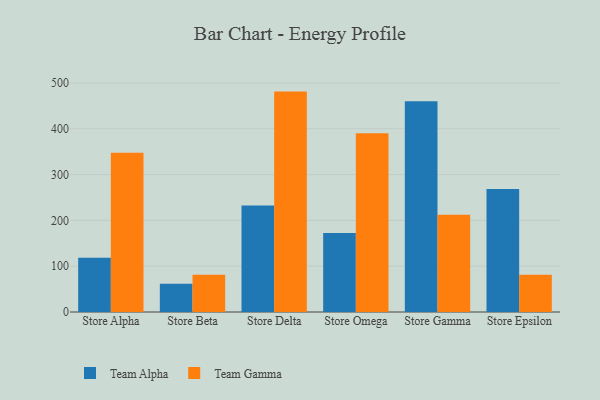
{"axis": {"x": "Store", "y": "Website Visitors"}, "legend": ["Team Alpha", "Team Gamma"], "data": [{"x": "Store Alpha", "y": 118.6, "type": "Team Alpha"}, {"x": "Store Alpha", "y": 347.6, "type": "Team Gamma"}, {"x": "Store Beta", "y": 61.7, "type": "Team Alpha"}, {"x": "Store Beta", "y": 81.2, "type": "Team Gamma"}, {"x": "Store Delta", "y": 232.7, "type": "Team Alpha"}, {"x": "Store Delta", "y": 481.1, "type": "Team Gamma"}, {"x": "Store Omega", "y": 172.3, "type": "Team Alpha"}, {"x": "Store Omega", "y": 390.0, "type": "Team Gamma"}, {"x": "Store Gamma", "y": 459.8, "type": "Team Alpha"}, {"x": "Store Gamma", "y": 212.4, "type": "Team Gamma"}, {"x": "Store Epsilon", "y": 268.3, "type": "Team Alpha"}, {"x": "Store Epsilon", "y": 81.1, "type": "Team Gamma"}]}